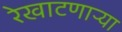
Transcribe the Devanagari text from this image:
रेखाटणाऱ्या